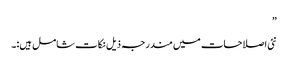
”
نئی اصلاحات میں مندرجہ ذیل نکات شامل ہیں:۔